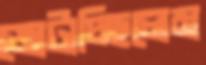
জোটাচ্ছিলেম